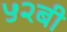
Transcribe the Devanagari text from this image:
५२बी